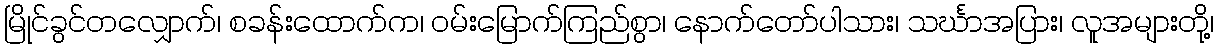
မြိုင်ခွင်တလျှောက်၊ စခန်းထောက်က၊ ဝမ်းမြောက်ကြည်စွာ၊ နောက်တော်ပါသား၊ သင်္ဃာအပြား၊ လူအများတို့၊